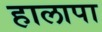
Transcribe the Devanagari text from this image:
हालापा